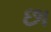
છા